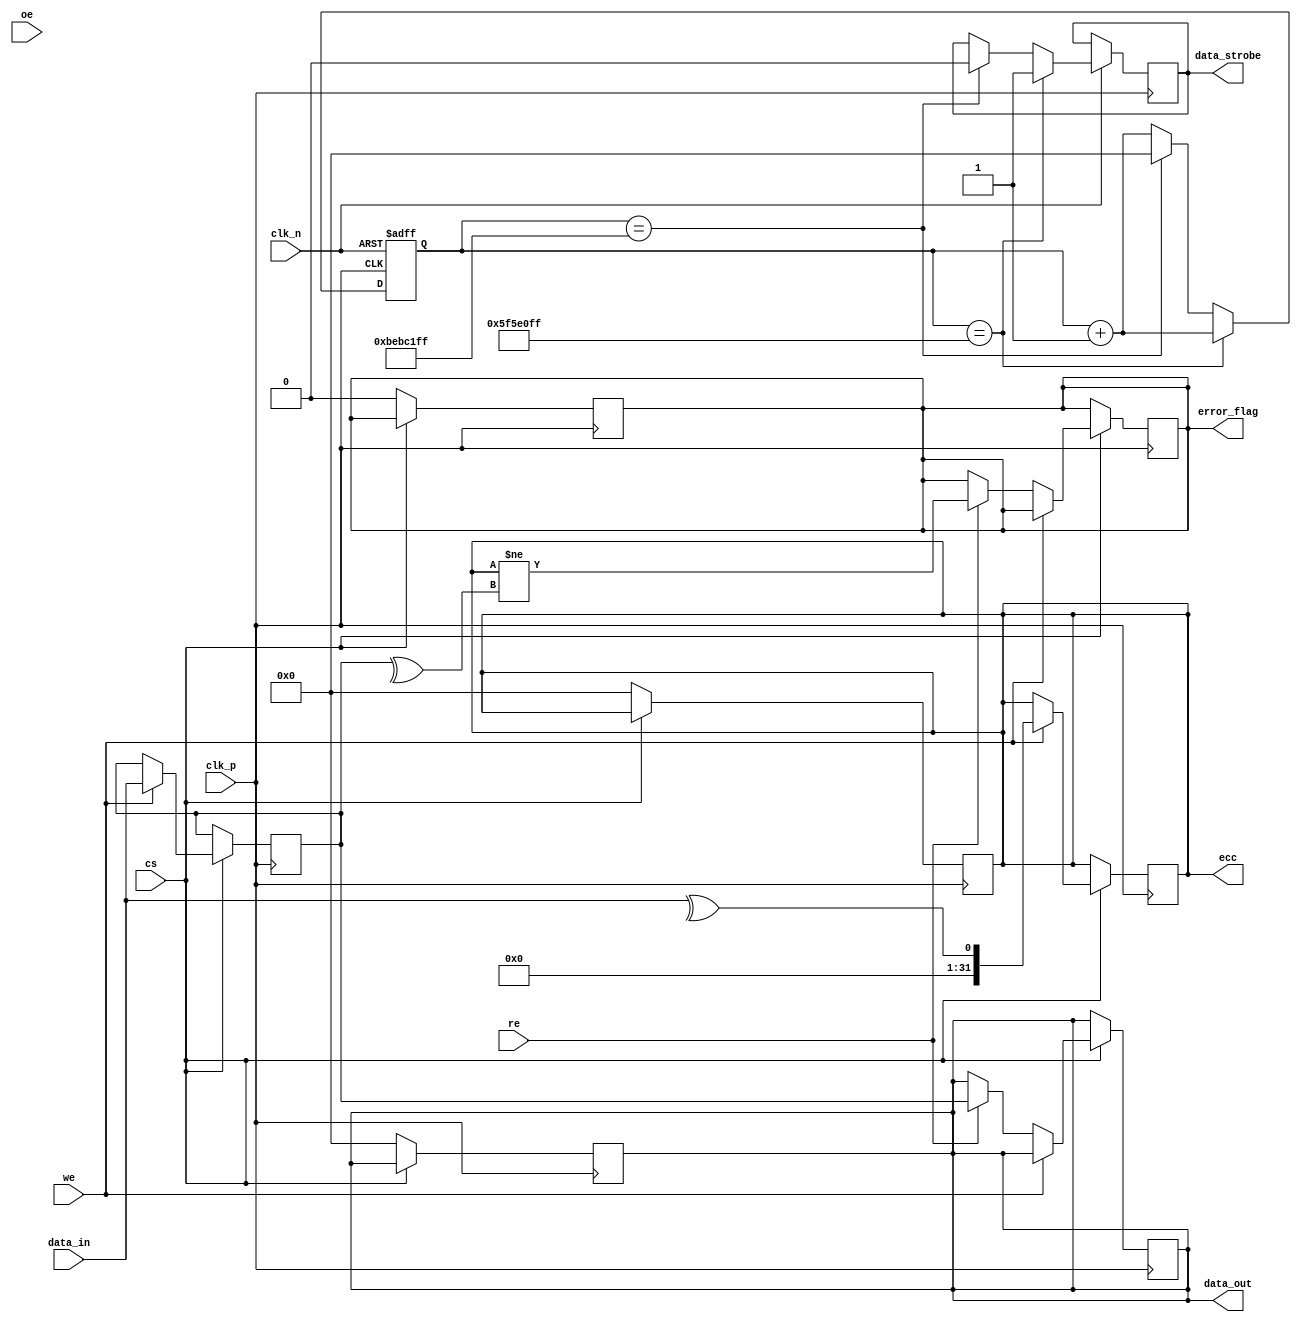
module gddr2_io_block #(
    parameter DATA_WIDTH = 32, // Configurable data bus width (16, 32, 64)
    parameter CLK_FREQ = 200_000_000 // Clock frequency in Hz
)(
    input wire clk_p, // Positive differential clock input
    input wire clk_n, // Negative differential clock input
    input wire cs,    // Chip Select
    input wire we,    // Write Enable
    input wire re,    // Read Enable
    input wire oe,    // Output Enable
    input wire [DATA_WIDTH-1:0] data_in, // Data input
    output reg [DATA_WIDTH-1:0] data_out, // Data output
    output reg data_strobe, // Data strobe signal
    output reg error_flag, // Error detection flag
    output reg [DATA_WIDTH-1:0] ecc // Error-Correcting Code
);

    // Internal signals
    reg [DATA_WIDTH-1:0] data_buffer;
    reg [31:0] clk_counter; // Clock cycle counter for timing management

    // Clock management
    always @(posedge clk_p or negedge clk_n) begin
        if (!clk_n) begin
            clk_counter <= 0;
        end else begin
            clk_counter <= clk_counter + 1;
            if (clk_counter == (CLK_FREQ / 2) - 1) begin
                data_strobe <= 1; // Generate data strobe signal
            end else if (clk_counter == CLK_FREQ - 1) begin
                data_strobe <= 0;
                clk_counter <= 0; // Reset counter
            end
        end
    end

    // Data transmission
    always @(posedge clk_p) begin
        if (cs) begin
            if (we) begin
                // Write operation
                data_buffer <= data_in;
                // ECC generation (simple parity for demonstration)
                ecc <= ^data_in; // Simple parity bit
            end else if (re) begin
                // Read operation
                data_out <= data_buffer;
                // Error detection (simple check for demonstration)
                error_flag <= (ecc != ^data_buffer);
            end
        end
    end

    // Power management (simplified)
    always @(posedge clk_p) begin
        if (!cs) begin
            // Enter sleep mode
            data_out <= {DATA_WIDTH{1'b0}};
            error_flag <= 1'b0;
            ecc <= {DATA_WIDTH{1'b0}};
        end
    end

endmodule